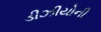
ડીઝીયોની